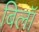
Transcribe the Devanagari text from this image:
बिलॉ